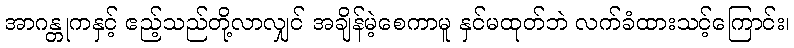
အာဂန္တုကနှင့် ဧည့်သည်တို့လာလျှင် အချိန်မဲ့စေကာမူ နှင်မထုတ်ဘဲ လက်ခံထားသင့်ကြောင်း၊